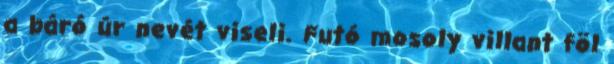
a báró úr nevét viseli. Futó mosoly villant föl